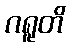
ဂရူတိ